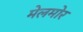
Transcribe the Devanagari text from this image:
मेलमोर